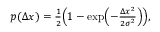
\begin{array} { r } { p ( \Delta x ) = \frac { 1 } { 2 } \Bigl ( 1 - \exp \Bigl ( - \frac { \Delta x ^ { 2 } } { 2 \sigma ^ { 2 } } \Bigr ) \Bigr ) , } \end{array}